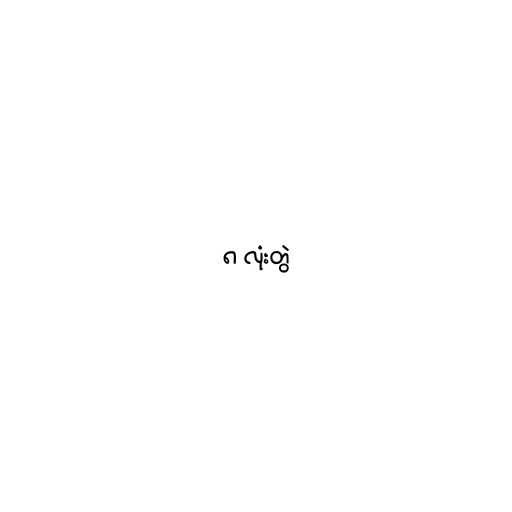
၈ လုံးတွဲ